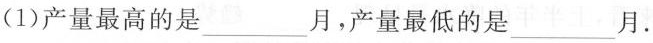
(1)产量最高的是___月，产量最低的是___月。